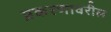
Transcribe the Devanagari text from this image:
प्रकरणावरील